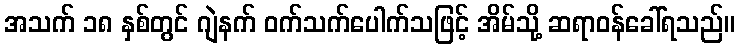
အသက် ၁၈ နှစ်တွင် ဂျဲနက် ဝက်သက်ပေါက်သဖြင့် အိမ်သို့ ဆရာဝန်ခေါ်ရသည်။